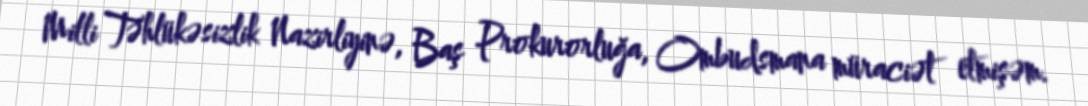
Milli Təhlükəsizlik Nazirliyinə, Baş Prokurorluğa, Ombudsmana müraciət etmişəm.